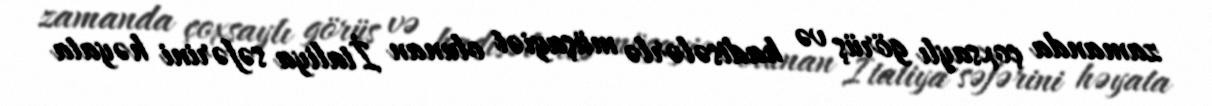
zamanda çoxsaylı görüş və hadisələrlə müşayiət olunan İtaliya səfərini həyata